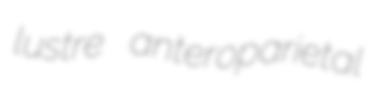
lustre anteroparietal